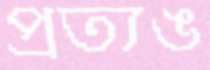
প্রত্যঙ